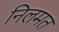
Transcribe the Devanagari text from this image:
निलमत